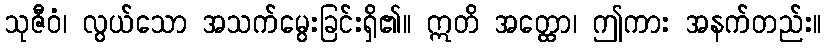
သုဇီဝံ၊ လွယ်သော အသက်မွေးခြင်းရှိ၏။ ဣတိ အတ္ထော၊ ဤကား အနက်တည်း။